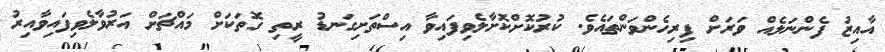
އާއިޒު ފެންނަލެއް ވަރަށް ފިރިހެންވަންތައެވެ. ކުރުކޮށްކޮށާލެވިފައިވާ އިސްތަށިގަނޑު ރީތި ގޮތަކަށް މައްޗަށް އަރުވާލެވިފައިވާއިރު